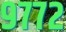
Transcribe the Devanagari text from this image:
९७७२